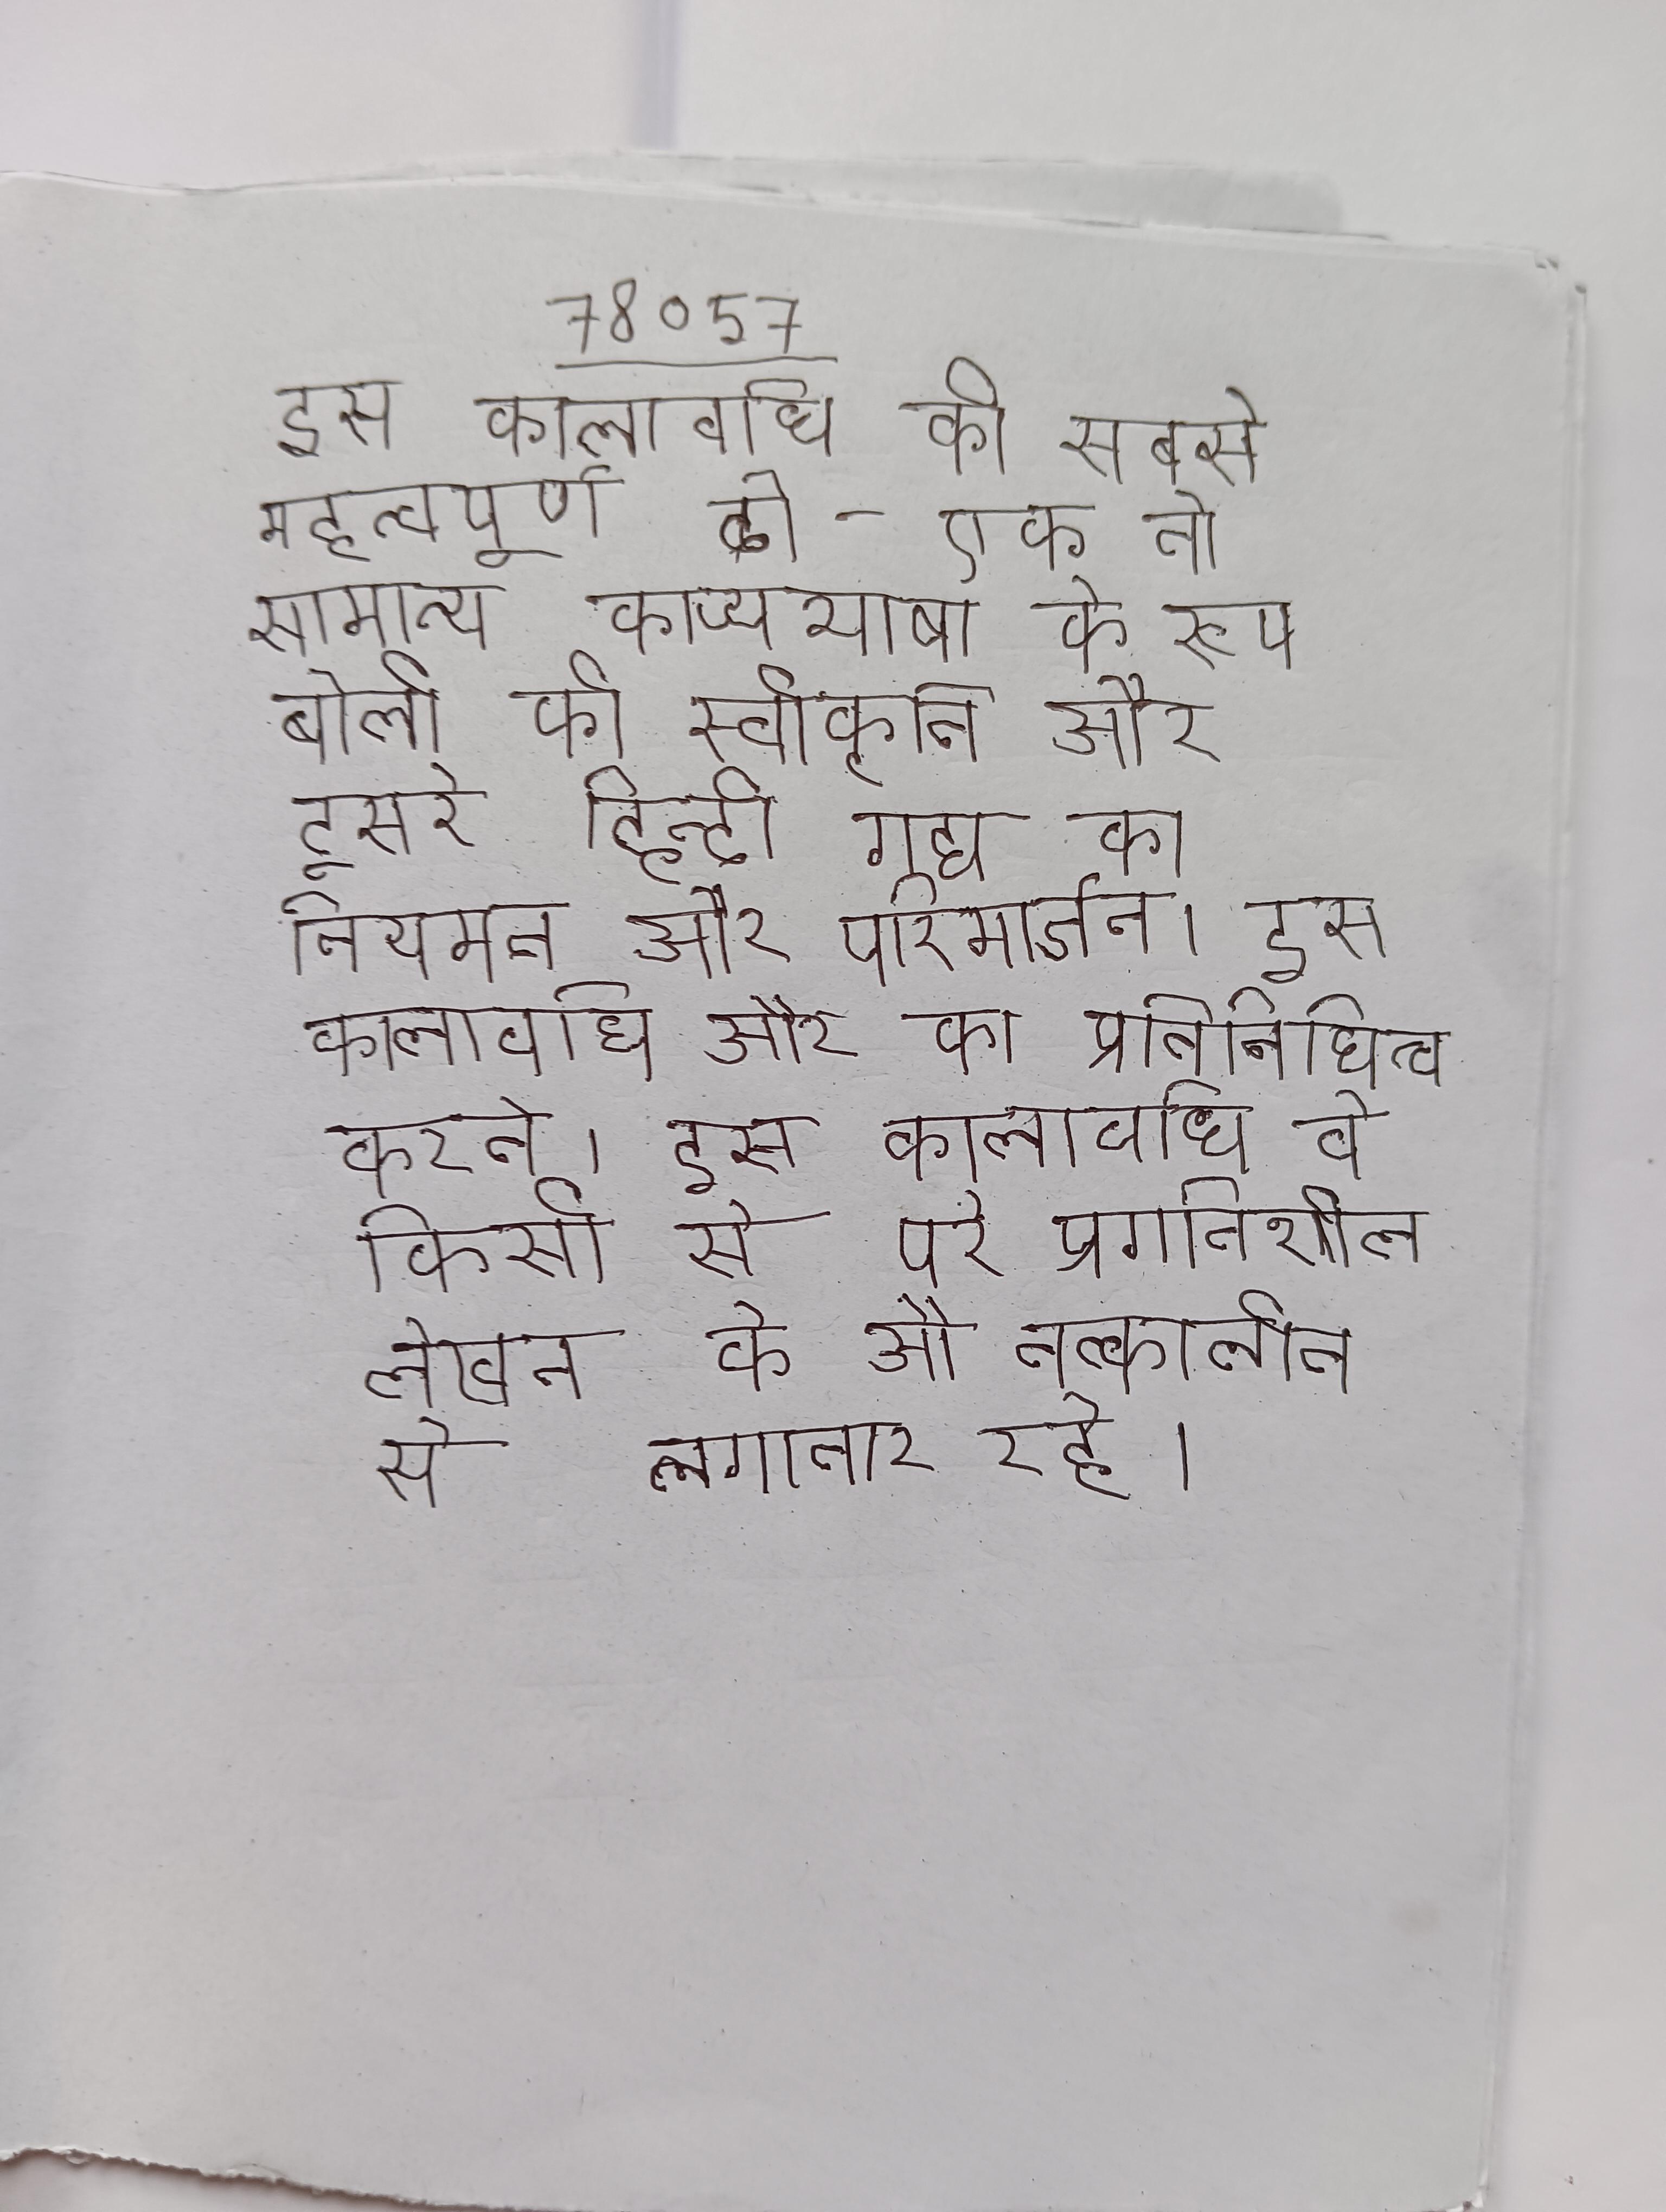
इस कालावधि की सबसे महत्वपूर्ण दो - एक तो सामान्य काव्यभाषा के रूप बोली की स्वीकृति और दूसरे हिन्दी गद्य का नियमन और परिमार्जन । इस कालावधि और का प्रतिनिधित्व करते । इस कालावधि वे किसी से परे प्रगतिशील लेखन के और तत्कालीन से लगातार रहे ।